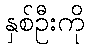
နှစ်ဦးကို